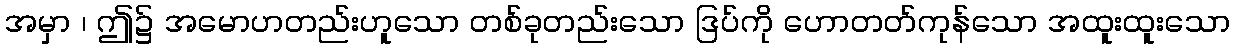
အမှာ ၊ ဤ၌ အမောဟတည်းဟူသော တစ်ခုတည်းသော ဒြပ်ကို ဟောတတ်ကုန်သော အထူးထူးသော